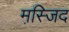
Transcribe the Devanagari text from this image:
मस्जि़द